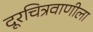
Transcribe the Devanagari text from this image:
दूरचित्रवाणीला